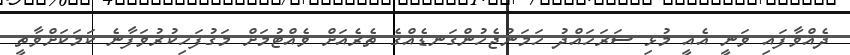
ދެއްވާފައި ވަނީ އެއީ މުޅި ސަރަހައްދު ހަމަނުޖެހުންގަނޑެއްގެ ތެރެއަށް ވެއްޓުމަށް މަގުފަހިކުރުވަފާނެ ކަމަކަށްވާތީ